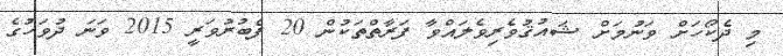
މި ދެކޯހަށް ވަނުމަށް ޝައުޤުވެރިވެލައްވާ ފަރާތްތަކުން 20 ފެބުރުވަރީ 2015 ވަނަ ދުވަހުގެ